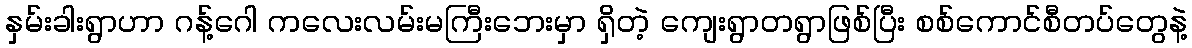
နှမ်းခါးရွာဟာ ဂန့်ဂေါ ကလေးလမ်းမကြီးဘေးမှာ ရှိတဲ့ ကျေးရွာတရွာဖြစ်ပြီး စစ်ကောင်စီတပ်တွေနဲ့